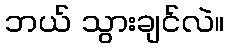
ဘယ် သွားချင်လဲ။